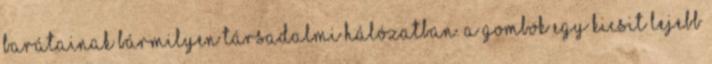
barátainak bármilyen társadalmi hálózatban. A gombok egy kicsit lejebb